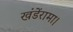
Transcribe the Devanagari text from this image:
खंडेंरामा।